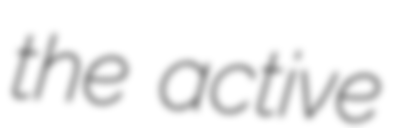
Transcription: the active